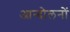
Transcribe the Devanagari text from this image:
आन्‍दोलनों